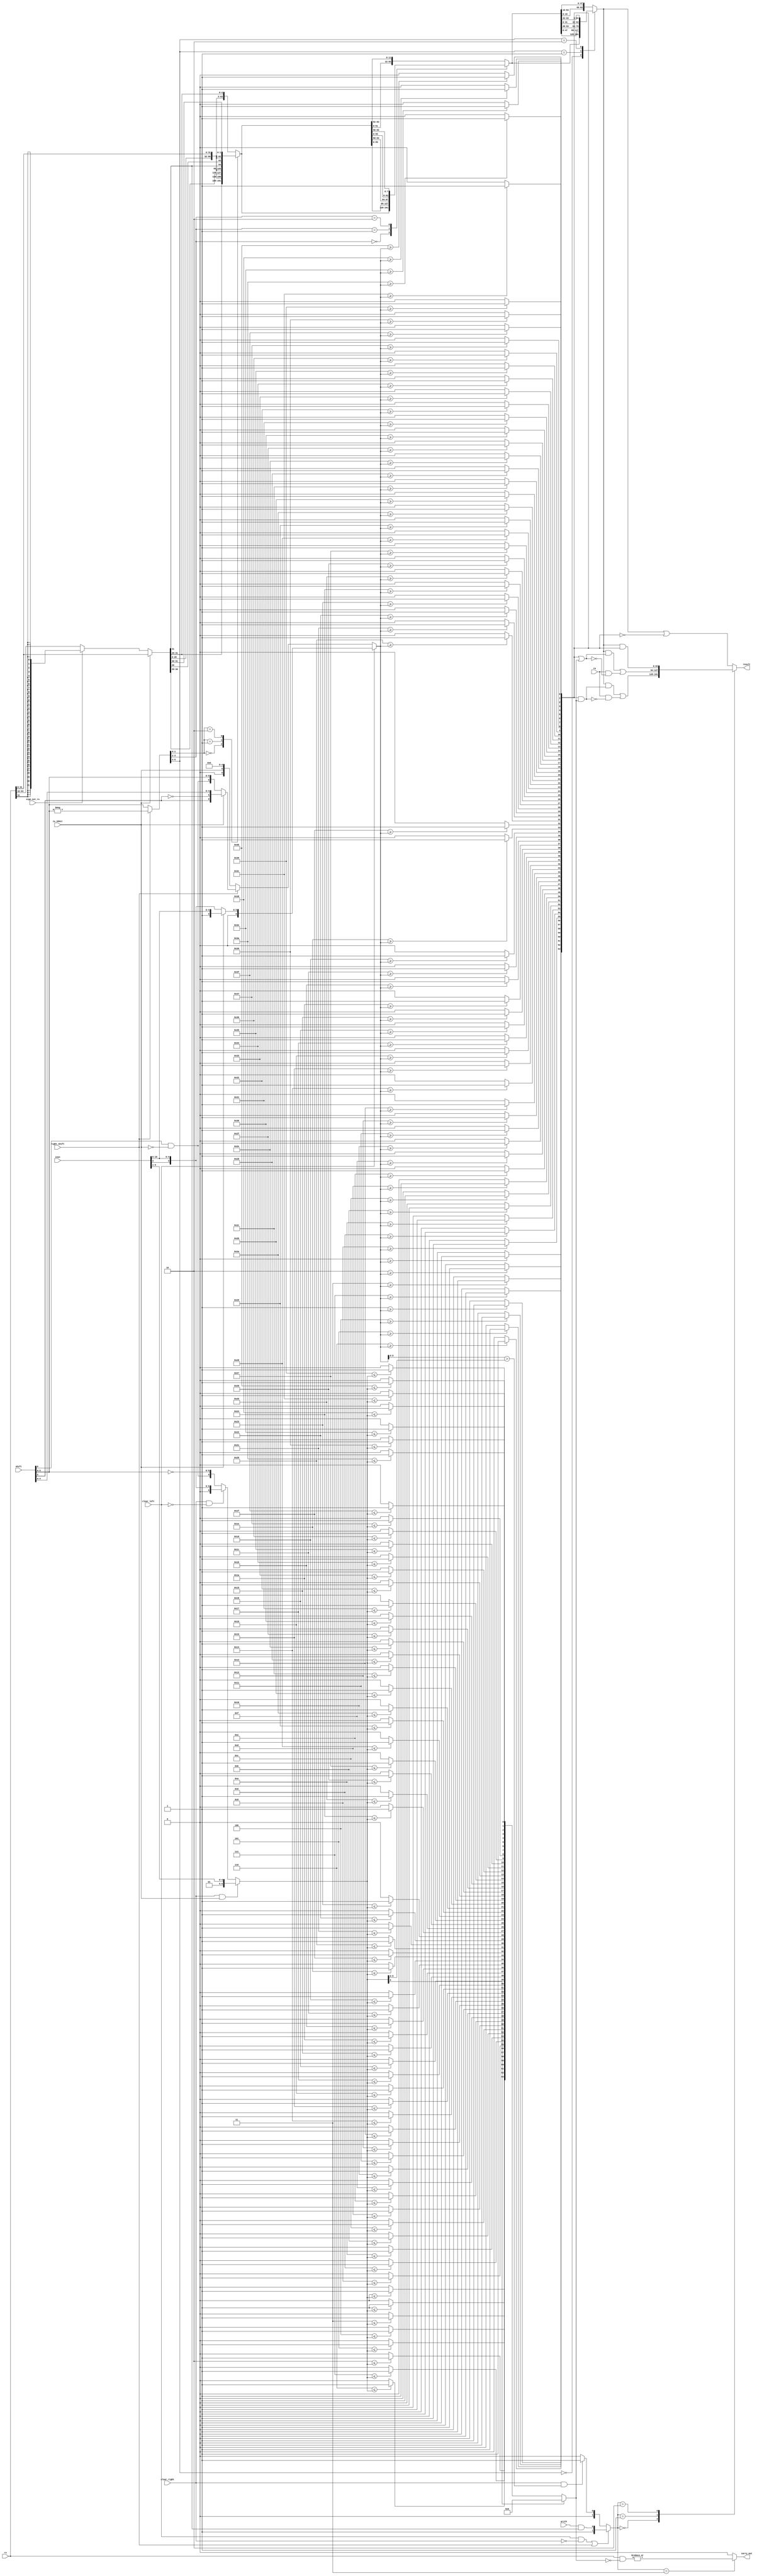
module rotator(rs, ra, shift, insn, is_32bit, right_shift, arith, clear_left, clear_right, sign_ext_rs, result, carry_out);
  wire [31:0] _000_;
  wire [31:0] _001_;
  wire [5:0] _002_;
  wire [5:0] _003_;
  wire _004_;
  wire _005_;
  wire _006_;
  wire [63:0] _007_;
  wire _008_;
  wire _009_;
  wire _010_;
  wire [63:0] _011_;
  wire _012_;
  wire _013_;
  wire _014_;
  wire [63:0] _015_;
  wire _016_;
  wire _017_;
  wire [6:0] _018_;
  wire _019_;
  wire [6:0] _020_;
  wire [6:0] _021_;
  wire [6:0] _022_;
  wire _023_;
  wire _024_;
  wire _025_;
  wire [5:0] _026_;
  wire [6:0] _027_;
  wire [6:0] _028_;
  wire _029_;
  wire _030_;
  wire _031_;
  wire _032_;
  wire _033_;
  wire _034_;
  wire _035_;
  wire _036_;
  wire _037_;
  wire _038_;
  wire _039_;
  wire _040_;
  wire _041_;
  wire _042_;
  wire _043_;
  wire _044_;
  wire _045_;
  wire _046_;
  wire _047_;
  wire _048_;
  wire _049_;
  wire _050_;
  wire _051_;
  wire _052_;
  wire _053_;
  wire _054_;
  wire _055_;
  wire _056_;
  wire _057_;
  wire _058_;
  wire _059_;
  wire _060_;
  wire _061_;
  wire _062_;
  wire _063_;
  wire _064_;
  wire _065_;
  wire _066_;
  wire _067_;
  wire _068_;
  wire _069_;
  wire _070_;
  wire _071_;
  wire _072_;
  wire _073_;
  wire _074_;
  wire _075_;
  wire _076_;
  wire _077_;
  wire _078_;
  wire _079_;
  wire _080_;
  wire _081_;
  wire _082_;
  wire _083_;
  wire _084_;
  wire _085_;
  wire _086_;
  wire _087_;
  wire _088_;
  wire _089_;
  wire _090_;
  wire _091_;
  wire _092_;
  wire _093_;
  wire _094_;
  wire _095_;
  wire _096_;
  wire _097_;
  wire _098_;
  wire _099_;
  wire _100_;
  wire _101_;
  wire _102_;
  wire _103_;
  wire _104_;
  wire _105_;
  wire _106_;
  wire _107_;
  wire _108_;
  wire _109_;
  wire _110_;
  wire _111_;
  wire _112_;
  wire _113_;
  wire _114_;
  wire _115_;
  wire _116_;
  wire _117_;
  wire _118_;
  wire _119_;
  wire _120_;
  wire _121_;
  wire _122_;
  wire _123_;
  wire _124_;
  wire _125_;
  wire _126_;
  wire _127_;
  wire _128_;
  wire _129_;
  wire _130_;
  wire _131_;
  wire _132_;
  wire _133_;
  wire _134_;
  wire _135_;
  wire _136_;
  wire _137_;
  wire _138_;
  wire _139_;
  wire _140_;
  wire _141_;
  wire _142_;
  wire _143_;
  wire _144_;
  wire _145_;
  wire _146_;
  wire _147_;
  wire _148_;
  wire _149_;
  wire _150_;
  wire _151_;
  wire _152_;
  wire _153_;
  wire _154_;
  wire _155_;
  wire _156_;
  wire _157_;
  wire _158_;
  wire _159_;
  wire _160_;
  wire _161_;
  wire _162_;
  wire _163_;
  wire _164_;
  wire _165_;
  wire _166_;
  wire _167_;
  wire _168_;
  wire _169_;
  wire _170_;
  wire _171_;
  wire _172_;
  wire _173_;
  wire _174_;
  wire _175_;
  wire _176_;
  wire _177_;
  wire _178_;
  wire _179_;
  wire _180_;
  wire _181_;
  wire _182_;
  wire _183_;
  wire _184_;
  wire _185_;
  wire _186_;
  wire _187_;
  wire _188_;
  wire _189_;
  wire _190_;
  wire _191_;
  wire _192_;
  wire _193_;
  wire _194_;
  wire _195_;
  wire _196_;
  wire _197_;
  wire _198_;
  wire _199_;
  wire _200_;
  wire _201_;
  wire _202_;
  wire _203_;
  wire _204_;
  wire _205_;
  wire _206_;
  wire _207_;
  wire _208_;
  wire _209_;
  wire _210_;
  wire _211_;
  wire _212_;
  wire _213_;
  wire _214_;
  wire _215_;
  wire _216_;
  wire _217_;
  wire _218_;
  wire _219_;
  wire _220_;
  wire _221_;
  wire _222_;
  wire _223_;
  wire _224_;
  wire _225_;
  wire _226_;
  wire _227_;
  wire _228_;
  wire _229_;
  wire _230_;
  wire _231_;
  wire _232_;
  wire _233_;
  wire _234_;
  wire _235_;
  wire _236_;
  wire _237_;
  wire _238_;
  wire _239_;
  wire _240_;
  wire _241_;
  wire _242_;
  wire _243_;
  wire _244_;
  wire _245_;
  wire _246_;
  wire _247_;
  wire _248_;
  wire _249_;
  wire _250_;
  wire _251_;
  wire _252_;
  wire _253_;
  wire _254_;
  wire _255_;
  wire _256_;
  wire _257_;
  wire _258_;
  wire _259_;
  wire _260_;
  wire _261_;
  wire _262_;
  wire _263_;
  wire _264_;
  wire _265_;
  wire _266_;
  wire _267_;
  wire _268_;
  wire _269_;
  wire _270_;
  wire _271_;
  wire _272_;
  wire _273_;
  wire _274_;
  wire _275_;
  wire _276_;
  wire _277_;
  wire _278_;
  wire _279_;
  wire _280_;
  wire _281_;
  wire _282_;
  wire _283_;
  wire _284_;
  wire _285_;
  wire [63:0] _286_;
  wire _287_;
  wire _288_;
  wire _289_;
  wire _290_;
  wire _291_;
  wire _292_;
  wire _293_;
  wire [1:0] _294_;
  wire [63:0] _295_;
  wire [63:0] _296_;
  wire [63:0] _297_;
  wire [63:0] _298_;
  wire [63:0] _299_;
  wire [63:0] _300_;
  wire _301_;
  wire [63:0] _302_;
  wire [63:0] _303_;
  wire [63:0] _304_;
  wire [63:0] _305_;
  wire [63:0] _306_;
  wire [63:0] _307_;
  wire _308_;
  wire [63:0] _309_;
  wire _310_;
  wire [63:0] _311_;
  wire [63:0] _312_;
  wire [63:0] _313_;
  wire _314_;
  wire [63:0] _315_;
  wire [63:0] _316_;
  wire _317_;
  wire _318_;
  input arith;
  wire arith;
  output carry_out;
  wire carry_out;
  input clear_left;
  wire clear_left;
  input clear_right;
  wire clear_right;
  input [31:0] insn;
  wire [31:0] insn;
  input is_32bit;
  wire is_32bit;
  wire [6:0] mb;
  wire [6:0] me;
  wire [63:0] ml;
  wire [63:0] mr;
  wire [1:0] output_mode;
  input [63:0] ra;
  wire [63:0] ra;
  wire [63:0] repl32;
  output [63:0] result;
  wire [63:0] result;
  input right_shift;
  wire right_shift;
  wire [63:0] rot;
  wire [63:0] rot1;
  wire [63:0] rot2;
  wire [5:0] rot_count;
  input [63:0] rs;
  wire [63:0] rs;
  wire [6:0] sh;
  input [6:0] shift;
  wire [6:0] shift;
  input sign_ext_rs;
  wire sign_ext_rs;
  assign _000_ = sign_ext_rs ? { rs[31], rs[31], rs[31], rs[31], rs[31], rs[31], rs[31], rs[31], rs[31], rs[31], rs[31], rs[31], rs[31], rs[31], rs[31], rs[31], rs[31], rs[31], rs[31], rs[31], rs[31], rs[31], rs[31], rs[31], rs[31], rs[31], rs[31], rs[31], rs[31], rs[31], rs[31], rs[31] } : rs[63:32];
  assign _001_ = is_32bit ? rs[31:0] : _000_;
  assign _002_ = - $signed(shift[5:0]);
  assign _003_ = right_shift ? _002_ : shift[5:0];
  assign _004_ = rot_count[1:0] == 2'h0;
  assign _005_ = rot_count[1:0] == 2'h1;
  assign _006_ = rot_count[1:0] == 2'h2;
  function [63:0] \27865 ;
    input [63:0] a;
    input [191:0] b;
    input [2:0] s;
    (* parallel_case *)
    casez (s)
      3'b??1:
        \27865  = b[63:0];
      3'b?1?:
        \27865  = b[127:64];
      3'b1??:
        \27865  = b[191:128];
      default:
        \27865  = a;
    endcase
  endfunction
  assign _007_ = \27865 ({ repl32[60:0], repl32[63:61] }, { repl32[61:0], repl32[63:62], repl32[62:0], repl32[63], repl32 }, { _006_, _005_, _004_ });
  assign _008_ = rot_count[3:2] == 2'h0;
  assign _009_ = rot_count[3:2] == 2'h1;
  assign _010_ = rot_count[3:2] == 2'h2;
  function [63:0] \27883 ;
    input [63:0] a;
    input [191:0] b;
    input [2:0] s;
    (* parallel_case *)
    casez (s)
      3'b??1:
        \27883  = b[63:0];
      3'b?1?:
        \27883  = b[127:64];
      3'b1??:
        \27883  = b[191:128];
      default:
        \27883  = a;
    endcase
  endfunction
  assign _011_ = \27883 ({ rot1[51:0], rot1[63:52] }, { rot1[55:0], rot1[63:56], rot1[59:0], rot1[63:60], rot1 }, { _010_, _009_, _008_ });
  assign _012_ = rot_count[5:4] == 2'h0;
  assign _013_ = rot_count[5:4] == 2'h1;
  assign _014_ = rot_count[5:4] == 2'h2;
  function [63:0] \27901 ;
    input [63:0] a;
    input [191:0] b;
    input [2:0] s;
    (* parallel_case *)
    casez (s)
      3'b??1:
        \27901  = b[63:0];
      3'b?1?:
        \27901  = b[127:64];
      3'b1??:
        \27901  = b[191:128];
      default:
        \27901  = a;
    endcase
  endfunction
  assign _015_ = \27901 ({ rot2[15:0], rot2[63:16] }, { rot2[31:0], rot2[63:32], rot2[47:0], rot2[63:48], rot2 }, { _014_, _013_, _012_ });
  assign _016_ = ~ is_32bit;
  assign _017_ = shift[6] & _016_;
  assign _018_ = is_32bit ? { 2'h1, insn[10:6] } : { 1'h0, insn[5], insn[10:6] };
  assign _019_ = ~ sh[5];
  assign _020_ = is_32bit ? { sh[5], _019_, sh[4:0] } : sh;
  assign _021_ = right_shift ? _020_ : { 1'h0, is_32bit, 5'h00 };
  assign _022_ = clear_left ? _018_ : _021_;
  assign _023_ = clear_right & is_32bit;
  assign _024_ = ~ clear_left;
  assign _025_ = clear_right & _024_;
  assign _026_ = ~ sh[5:0];
  assign _027_ = _025_ ? { 1'h0, insn[5], insn[10:6] } : { sh[6], _026_ };
  assign _028_ = _023_ ? { 2'h1, insn[5:1] } : _027_;
  assign _029_ = $signed(32'd0) >= $signed({ 25'h0000000, mb });
  assign _030_ = _029_ ? 1'h1 : 1'h0;
  assign _031_ = $signed(32'd1) >= $signed({ 25'h0000000, mb });
  assign _032_ = _031_ ? 1'h1 : 1'h0;
  assign _033_ = $signed(32'd2) >= $signed({ 25'h0000000, mb });
  assign _034_ = _033_ ? 1'h1 : 1'h0;
  assign _035_ = $signed(32'd3) >= $signed({ 25'h0000000, mb });
  assign _036_ = _035_ ? 1'h1 : 1'h0;
  assign _037_ = $signed(32'd4) >= $signed({ 25'h0000000, mb });
  assign _038_ = _037_ ? 1'h1 : 1'h0;
  assign _039_ = $signed(32'd5) >= $signed({ 25'h0000000, mb });
  assign _040_ = _039_ ? 1'h1 : 1'h0;
  assign _041_ = $signed(32'd6) >= $signed({ 25'h0000000, mb });
  assign _042_ = _041_ ? 1'h1 : 1'h0;
  assign _043_ = $signed(32'd7) >= $signed({ 25'h0000000, mb });
  assign _044_ = _043_ ? 1'h1 : 1'h0;
  assign _045_ = $signed(32'd8) >= $signed({ 25'h0000000, mb });
  assign _046_ = _045_ ? 1'h1 : 1'h0;
  assign _047_ = $signed(32'd9) >= $signed({ 25'h0000000, mb });
  assign _048_ = _047_ ? 1'h1 : 1'h0;
  assign _049_ = $signed(32'd10) >= $signed({ 25'h0000000, mb });
  assign _050_ = _049_ ? 1'h1 : 1'h0;
  assign _051_ = $signed(32'd11) >= $signed({ 25'h0000000, mb });
  assign _052_ = _051_ ? 1'h1 : 1'h0;
  assign _053_ = $signed(32'd12) >= $signed({ 25'h0000000, mb });
  assign _054_ = _053_ ? 1'h1 : 1'h0;
  assign _055_ = $signed(32'd13) >= $signed({ 25'h0000000, mb });
  assign _056_ = _055_ ? 1'h1 : 1'h0;
  assign _057_ = $signed(32'd14) >= $signed({ 25'h0000000, mb });
  assign _058_ = _057_ ? 1'h1 : 1'h0;
  assign _059_ = $signed(32'd15) >= $signed({ 25'h0000000, mb });
  assign _060_ = _059_ ? 1'h1 : 1'h0;
  assign _061_ = $signed(32'd16) >= $signed({ 25'h0000000, mb });
  assign _062_ = _061_ ? 1'h1 : 1'h0;
  assign _063_ = $signed(32'd17) >= $signed({ 25'h0000000, mb });
  assign _064_ = _063_ ? 1'h1 : 1'h0;
  assign _065_ = $signed(32'd18) >= $signed({ 25'h0000000, mb });
  assign _066_ = _065_ ? 1'h1 : 1'h0;
  assign _067_ = $signed(32'd19) >= $signed({ 25'h0000000, mb });
  assign _068_ = _067_ ? 1'h1 : 1'h0;
  assign _069_ = $signed(32'd20) >= $signed({ 25'h0000000, mb });
  assign _070_ = _069_ ? 1'h1 : 1'h0;
  assign _071_ = $signed(32'd21) >= $signed({ 25'h0000000, mb });
  assign _072_ = _071_ ? 1'h1 : 1'h0;
  assign _073_ = $signed(32'd22) >= $signed({ 25'h0000000, mb });
  assign _074_ = _073_ ? 1'h1 : 1'h0;
  assign _075_ = $signed(32'd23) >= $signed({ 25'h0000000, mb });
  assign _076_ = _075_ ? 1'h1 : 1'h0;
  assign _077_ = $signed(32'd24) >= $signed({ 25'h0000000, mb });
  assign _078_ = _077_ ? 1'h1 : 1'h0;
  assign _079_ = $signed(32'd25) >= $signed({ 25'h0000000, mb });
  assign _080_ = _079_ ? 1'h1 : 1'h0;
  assign _081_ = $signed(32'd26) >= $signed({ 25'h0000000, mb });
  assign _082_ = _081_ ? 1'h1 : 1'h0;
  assign _083_ = $signed(32'd27) >= $signed({ 25'h0000000, mb });
  assign _084_ = _083_ ? 1'h1 : 1'h0;
  assign _085_ = $signed(32'd28) >= $signed({ 25'h0000000, mb });
  assign _086_ = _085_ ? 1'h1 : 1'h0;
  assign _087_ = $signed(32'd29) >= $signed({ 25'h0000000, mb });
  assign _088_ = _087_ ? 1'h1 : 1'h0;
  assign _089_ = $signed(32'd30) >= $signed({ 25'h0000000, mb });
  assign _090_ = _089_ ? 1'h1 : 1'h0;
  assign _091_ = $signed(32'd31) >= $signed({ 25'h0000000, mb });
  assign _092_ = _091_ ? 1'h1 : 1'h0;
  assign _093_ = $signed(32'd32) >= $signed({ 25'h0000000, mb });
  assign _094_ = _093_ ? 1'h1 : 1'h0;
  assign _095_ = $signed(32'd33) >= $signed({ 25'h0000000, mb });
  assign _096_ = _095_ ? 1'h1 : 1'h0;
  assign _097_ = $signed(32'd34) >= $signed({ 25'h0000000, mb });
  assign _098_ = _097_ ? 1'h1 : 1'h0;
  assign _099_ = $signed(32'd35) >= $signed({ 25'h0000000, mb });
  assign _100_ = _099_ ? 1'h1 : 1'h0;
  assign _101_ = $signed(32'd36) >= $signed({ 25'h0000000, mb });
  assign _102_ = _101_ ? 1'h1 : 1'h0;
  assign _103_ = $signed(32'd37) >= $signed({ 25'h0000000, mb });
  assign _104_ = _103_ ? 1'h1 : 1'h0;
  assign _105_ = $signed(32'd38) >= $signed({ 25'h0000000, mb });
  assign _106_ = _105_ ? 1'h1 : 1'h0;
  assign _107_ = $signed(32'd39) >= $signed({ 25'h0000000, mb });
  assign _108_ = _107_ ? 1'h1 : 1'h0;
  assign _109_ = $signed(32'd40) >= $signed({ 25'h0000000, mb });
  assign _110_ = _109_ ? 1'h1 : 1'h0;
  assign _111_ = $signed(32'd41) >= $signed({ 25'h0000000, mb });
  assign _112_ = _111_ ? 1'h1 : 1'h0;
  assign _113_ = $signed(32'd42) >= $signed({ 25'h0000000, mb });
  assign _114_ = _113_ ? 1'h1 : 1'h0;
  assign _115_ = $signed(32'd43) >= $signed({ 25'h0000000, mb });
  assign _116_ = _115_ ? 1'h1 : 1'h0;
  assign _117_ = $signed(32'd44) >= $signed({ 25'h0000000, mb });
  assign _118_ = _117_ ? 1'h1 : 1'h0;
  assign _119_ = $signed(32'd45) >= $signed({ 25'h0000000, mb });
  assign _120_ = _119_ ? 1'h1 : 1'h0;
  assign _121_ = $signed(32'd46) >= $signed({ 25'h0000000, mb });
  assign _122_ = _121_ ? 1'h1 : 1'h0;
  assign _123_ = $signed(32'd47) >= $signed({ 25'h0000000, mb });
  assign _124_ = _123_ ? 1'h1 : 1'h0;
  assign _125_ = $signed(32'd48) >= $signed({ 25'h0000000, mb });
  assign _126_ = _125_ ? 1'h1 : 1'h0;
  assign _127_ = $signed(32'd49) >= $signed({ 25'h0000000, mb });
  assign _128_ = _127_ ? 1'h1 : 1'h0;
  assign _129_ = $signed(32'd50) >= $signed({ 25'h0000000, mb });
  assign _130_ = _129_ ? 1'h1 : 1'h0;
  assign _131_ = $signed(32'd51) >= $signed({ 25'h0000000, mb });
  assign _132_ = _131_ ? 1'h1 : 1'h0;
  assign _133_ = $signed(32'd52) >= $signed({ 25'h0000000, mb });
  assign _134_ = _133_ ? 1'h1 : 1'h0;
  assign _135_ = $signed(32'd53) >= $signed({ 25'h0000000, mb });
  assign _136_ = _135_ ? 1'h1 : 1'h0;
  assign _137_ = $signed(32'd54) >= $signed({ 25'h0000000, mb });
  assign _138_ = _137_ ? 1'h1 : 1'h0;
  assign _139_ = $signed(32'd55) >= $signed({ 25'h0000000, mb });
  assign _140_ = _139_ ? 1'h1 : 1'h0;
  assign _141_ = $signed(32'd56) >= $signed({ 25'h0000000, mb });
  assign _142_ = _141_ ? 1'h1 : 1'h0;
  assign _143_ = $signed(32'd57) >= $signed({ 25'h0000000, mb });
  assign _144_ = _143_ ? 1'h1 : 1'h0;
  assign _145_ = $signed(32'd58) >= $signed({ 25'h0000000, mb });
  assign _146_ = _145_ ? 1'h1 : 1'h0;
  assign _147_ = $signed(32'd59) >= $signed({ 25'h0000000, mb });
  assign _148_ = _147_ ? 1'h1 : 1'h0;
  assign _149_ = $signed(32'd60) >= $signed({ 25'h0000000, mb });
  assign _150_ = _149_ ? 1'h1 : 1'h0;
  assign _151_ = $signed(32'd61) >= $signed({ 25'h0000000, mb });
  assign _152_ = _151_ ? 1'h1 : 1'h0;
  assign _153_ = $signed(32'd62) >= $signed({ 25'h0000000, mb });
  assign _154_ = _153_ ? 1'h1 : 1'h0;
  assign _155_ = $signed(32'd63) >= $signed({ 25'h0000000, mb });
  assign _156_ = _155_ ? 1'h1 : 1'h0;
  assign _157_ = ~ me[6];
  assign _158_ = $signed(32'd0) <= $signed({ 25'h0000000, me });
  assign _159_ = _158_ ? 1'h1 : 1'h0;
  assign _160_ = $signed(32'd1) <= $signed({ 25'h0000000, me });
  assign _161_ = _160_ ? 1'h1 : 1'h0;
  assign _162_ = $signed(32'd2) <= $signed({ 25'h0000000, me });
  assign _163_ = _162_ ? 1'h1 : 1'h0;
  assign _164_ = $signed(32'd3) <= $signed({ 25'h0000000, me });
  assign _165_ = _164_ ? 1'h1 : 1'h0;
  assign _166_ = $signed(32'd4) <= $signed({ 25'h0000000, me });
  assign _167_ = _166_ ? 1'h1 : 1'h0;
  assign _168_ = $signed(32'd5) <= $signed({ 25'h0000000, me });
  assign _169_ = _168_ ? 1'h1 : 1'h0;
  assign _170_ = $signed(32'd6) <= $signed({ 25'h0000000, me });
  assign _171_ = _170_ ? 1'h1 : 1'h0;
  assign _172_ = $signed(32'd7) <= $signed({ 25'h0000000, me });
  assign _173_ = _172_ ? 1'h1 : 1'h0;
  assign _174_ = $signed(32'd8) <= $signed({ 25'h0000000, me });
  assign _175_ = _174_ ? 1'h1 : 1'h0;
  assign _176_ = $signed(32'd9) <= $signed({ 25'h0000000, me });
  assign _177_ = _176_ ? 1'h1 : 1'h0;
  assign _178_ = $signed(32'd10) <= $signed({ 25'h0000000, me });
  assign _179_ = _178_ ? 1'h1 : 1'h0;
  assign _180_ = $signed(32'd11) <= $signed({ 25'h0000000, me });
  assign _181_ = _180_ ? 1'h1 : 1'h0;
  assign _182_ = $signed(32'd12) <= $signed({ 25'h0000000, me });
  assign _183_ = _182_ ? 1'h1 : 1'h0;
  assign _184_ = $signed(32'd13) <= $signed({ 25'h0000000, me });
  assign _185_ = _184_ ? 1'h1 : 1'h0;
  assign _186_ = $signed(32'd14) <= $signed({ 25'h0000000, me });
  assign _187_ = _186_ ? 1'h1 : 1'h0;
  assign _188_ = $signed(32'd15) <= $signed({ 25'h0000000, me });
  assign _189_ = _188_ ? 1'h1 : 1'h0;
  assign _190_ = $signed(32'd16) <= $signed({ 25'h0000000, me });
  assign _191_ = _190_ ? 1'h1 : 1'h0;
  assign _192_ = $signed(32'd17) <= $signed({ 25'h0000000, me });
  assign _193_ = _192_ ? 1'h1 : 1'h0;
  assign _194_ = $signed(32'd18) <= $signed({ 25'h0000000, me });
  assign _195_ = _194_ ? 1'h1 : 1'h0;
  assign _196_ = $signed(32'd19) <= $signed({ 25'h0000000, me });
  assign _197_ = _196_ ? 1'h1 : 1'h0;
  assign _198_ = $signed(32'd20) <= $signed({ 25'h0000000, me });
  assign _199_ = _198_ ? 1'h1 : 1'h0;
  assign _200_ = $signed(32'd21) <= $signed({ 25'h0000000, me });
  assign _201_ = _200_ ? 1'h1 : 1'h0;
  assign _202_ = $signed(32'd22) <= $signed({ 25'h0000000, me });
  assign _203_ = _202_ ? 1'h1 : 1'h0;
  assign _204_ = $signed(32'd23) <= $signed({ 25'h0000000, me });
  assign _205_ = _204_ ? 1'h1 : 1'h0;
  assign _206_ = $signed(32'd24) <= $signed({ 25'h0000000, me });
  assign _207_ = _206_ ? 1'h1 : 1'h0;
  assign _208_ = $signed(32'd25) <= $signed({ 25'h0000000, me });
  assign _209_ = _208_ ? 1'h1 : 1'h0;
  assign _210_ = $signed(32'd26) <= $signed({ 25'h0000000, me });
  assign _211_ = _210_ ? 1'h1 : 1'h0;
  assign _212_ = $signed(32'd27) <= $signed({ 25'h0000000, me });
  assign _213_ = _212_ ? 1'h1 : 1'h0;
  assign _214_ = $signed(32'd28) <= $signed({ 25'h0000000, me });
  assign _215_ = _214_ ? 1'h1 : 1'h0;
  assign _216_ = $signed(32'd29) <= $signed({ 25'h0000000, me });
  assign _217_ = _216_ ? 1'h1 : 1'h0;
  assign _218_ = $signed(32'd30) <= $signed({ 25'h0000000, me });
  assign _219_ = _218_ ? 1'h1 : 1'h0;
  assign _220_ = $signed(32'd31) <= $signed({ 25'h0000000, me });
  assign _221_ = _220_ ? 1'h1 : 1'h0;
  assign _222_ = $signed(32'd32) <= $signed({ 25'h0000000, me });
  assign _223_ = _222_ ? 1'h1 : 1'h0;
  assign _224_ = $signed(32'd33) <= $signed({ 25'h0000000, me });
  assign _225_ = _224_ ? 1'h1 : 1'h0;
  assign _226_ = $signed(32'd34) <= $signed({ 25'h0000000, me });
  assign _227_ = _226_ ? 1'h1 : 1'h0;
  assign _228_ = $signed(32'd35) <= $signed({ 25'h0000000, me });
  assign _229_ = _228_ ? 1'h1 : 1'h0;
  assign _230_ = $signed(32'd36) <= $signed({ 25'h0000000, me });
  assign _231_ = _230_ ? 1'h1 : 1'h0;
  assign _232_ = $signed(32'd37) <= $signed({ 25'h0000000, me });
  assign _233_ = _232_ ? 1'h1 : 1'h0;
  assign _234_ = $signed(32'd38) <= $signed({ 25'h0000000, me });
  assign _235_ = _234_ ? 1'h1 : 1'h0;
  assign _236_ = $signed(32'd39) <= $signed({ 25'h0000000, me });
  assign _237_ = _236_ ? 1'h1 : 1'h0;
  assign _238_ = $signed(32'd40) <= $signed({ 25'h0000000, me });
  assign _239_ = _238_ ? 1'h1 : 1'h0;
  assign _240_ = $signed(32'd41) <= $signed({ 25'h0000000, me });
  assign _241_ = _240_ ? 1'h1 : 1'h0;
  assign _242_ = $signed(32'd42) <= $signed({ 25'h0000000, me });
  assign _243_ = _242_ ? 1'h1 : 1'h0;
  assign _244_ = $signed(32'd43) <= $signed({ 25'h0000000, me });
  assign _245_ = _244_ ? 1'h1 : 1'h0;
  assign _246_ = $signed(32'd44) <= $signed({ 25'h0000000, me });
  assign _247_ = _246_ ? 1'h1 : 1'h0;
  assign _248_ = $signed(32'd45) <= $signed({ 25'h0000000, me });
  assign _249_ = _248_ ? 1'h1 : 1'h0;
  assign _250_ = $signed(32'd46) <= $signed({ 25'h0000000, me });
  assign _251_ = _250_ ? 1'h1 : 1'h0;
  assign _252_ = $signed(32'd47) <= $signed({ 25'h0000000, me });
  assign _253_ = _252_ ? 1'h1 : 1'h0;
  assign _254_ = $signed(32'd48) <= $signed({ 25'h0000000, me });
  assign _255_ = _254_ ? 1'h1 : 1'h0;
  assign _256_ = $signed(32'd49) <= $signed({ 25'h0000000, me });
  assign _257_ = _256_ ? 1'h1 : 1'h0;
  assign _258_ = $signed(32'd50) <= $signed({ 25'h0000000, me });
  assign _259_ = _258_ ? 1'h1 : 1'h0;
  assign _260_ = $signed(32'd51) <= $signed({ 25'h0000000, me });
  assign _261_ = _260_ ? 1'h1 : 1'h0;
  assign _262_ = $signed(32'd52) <= $signed({ 25'h0000000, me });
  assign _263_ = _262_ ? 1'h1 : 1'h0;
  assign _264_ = $signed(32'd53) <= $signed({ 25'h0000000, me });
  assign _265_ = _264_ ? 1'h1 : 1'h0;
  assign _266_ = $signed(32'd54) <= $signed({ 25'h0000000, me });
  assign _267_ = _266_ ? 1'h1 : 1'h0;
  assign _268_ = $signed(32'd55) <= $signed({ 25'h0000000, me });
  assign _269_ = _268_ ? 1'h1 : 1'h0;
  assign _270_ = $signed(32'd56) <= $signed({ 25'h0000000, me });
  assign _271_ = _270_ ? 1'h1 : 1'h0;
  assign _272_ = $signed(32'd57) <= $signed({ 25'h0000000, me });
  assign _273_ = _272_ ? 1'h1 : 1'h0;
  assign _274_ = $signed(32'd58) <= $signed({ 25'h0000000, me });
  assign _275_ = _274_ ? 1'h1 : 1'h0;
  assign _276_ = $signed(32'd59) <= $signed({ 25'h0000000, me });
  assign _277_ = _276_ ? 1'h1 : 1'h0;
  assign _278_ = $signed(32'd60) <= $signed({ 25'h0000000, me });
  assign _279_ = _278_ ? 1'h1 : 1'h0;
  assign _280_ = $signed(32'd61) <= $signed({ 25'h0000000, me });
  assign _281_ = _280_ ? 1'h1 : 1'h0;
  assign _282_ = $signed(32'd62) <= $signed({ 25'h0000000, me });
  assign _283_ = _282_ ? 1'h1 : 1'h0;
  assign _284_ = $signed(32'd63) <= $signed({ 25'h0000000, me });
  assign _285_ = _284_ ? 1'h1 : 1'h0;
  assign _286_ = _157_ ? { _159_, _161_, _163_, _165_, _167_, _169_, _171_, _173_, _175_, _177_, _179_, _181_, _183_, _185_, _187_, _189_, _191_, _193_, _195_, _197_, _199_, _201_, _203_, _205_, _207_, _209_, _211_, _213_, _215_, _217_, _219_, _221_, _223_, _225_, _227_, _229_, _231_, _233_, _235_, _237_, _239_, _241_, _243_, _245_, _247_, _249_, _251_, _253_, _255_, _257_, _259_, _261_, _263_, _265_, _267_, _269_, _271_, _273_, _275_, _277_, _279_, _281_, _283_, _285_ } : 64'h0000000000000000;
  assign _287_ = ~ clear_right;
  assign _288_ = clear_left & _287_;
  assign _289_ = _288_ | right_shift;
  assign _290_ = arith & repl32[63];
  assign _291_ = mb[5:0] > me[5:0];
  assign _292_ = clear_right & _291_;
  assign _293_ = _292_ ? 1'h1 : 1'h0;
  assign _294_ = _289_ ? { 1'h1, _290_ } : { 1'h0, _293_ };
  assign _295_ = mr & ml;
  assign _296_ = rot & _295_;
  assign _297_ = mr & ml;
  assign _298_ = ~ _297_;
  assign _299_ = ra & _298_;
  assign _300_ = _296_ | _299_;
  assign _301_ = output_mode == 2'h0;
  assign _302_ = mr | ml;
  assign _303_ = rot & _302_;
  assign _304_ = mr | ml;
  assign _305_ = ~ _304_;
  assign _306_ = ra & _305_;
  assign _307_ = _303_ | _306_;
  assign _308_ = output_mode == 2'h1;
  assign _309_ = rot & mr;
  assign _310_ = output_mode == 2'h2;
  assign _311_ = ~ mr;
  assign _312_ = rot | _311_;
  function [63:0] \28963 ;
    input [63:0] a;
    input [191:0] b;
    input [2:0] s;
    (* parallel_case *)
    casez (s)
      3'b??1:
        \28963  = b[63:0];
      3'b?1?:
        \28963  = b[127:64];
      3'b1??:
        \28963  = b[191:128];
      default:
        \28963  = a;
    endcase
  endfunction
  assign _313_ = \28963 (_312_, { _309_, _307_, _300_ }, { _310_, _308_, _301_ });
  assign _314_ = output_mode == 2'h3;
  assign _315_ = ~ ml;
  assign _316_ = rs & _315_;
  assign _317_ = | _316_;
  assign _318_ = _314_ ? _317_ : 1'h0;
  assign repl32 = { _001_, rs[31:0] };
  assign rot_count = _003_;
  assign rot1 = _007_;
  assign rot2 = _011_;
  assign rot = _015_;
  assign sh = { _017_, shift[5:0] };
  assign mb = _022_;
  assign me = _028_;
  assign mr = { _030_, _032_, _034_, _036_, _038_, _040_, _042_, _044_, _046_, _048_, _050_, _052_, _054_, _056_, _058_, _060_, _062_, _064_, _066_, _068_, _070_, _072_, _074_, _076_, _078_, _080_, _082_, _084_, _086_, _088_, _090_, _092_, _094_, _096_, _098_, _100_, _102_, _104_, _106_, _108_, _110_, _112_, _114_, _116_, _118_, _120_, _122_, _124_, _126_, _128_, _130_, _132_, _134_, _136_, _138_, _140_, _142_, _144_, _146_, _148_, _150_, _152_, _154_, _156_ };
  assign ml = _286_;
  assign output_mode = _294_;
  assign result = _313_;
  assign carry_out = _318_;
endmodule